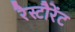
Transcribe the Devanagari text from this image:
रैस्टौरेंट